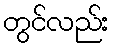
တွင်လည်း